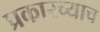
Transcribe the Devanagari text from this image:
प्रकारच्याच